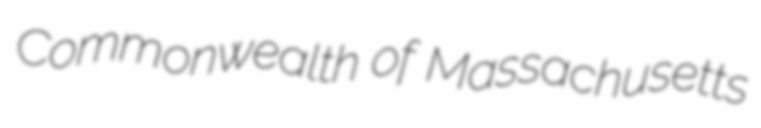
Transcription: Commonwealth of Massachusetts